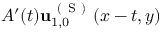
A ^ { \prime } ( t ) \mathbf { u } _ { 1 , 0 } ^ { \mathrm { ~ ( ~ S ~ ) ~ } } ( x - t , y )